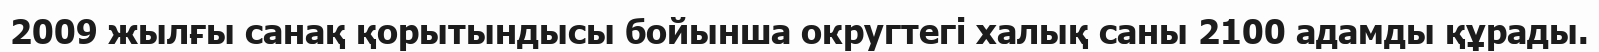
2009 жылғы санақ қорытындысы бойынша округтегі халық саны 2100 адамды құрады.